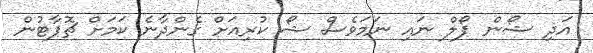
އަދި ޝޯން ޕޯލް ނައި ނަމަވެސް ޝޯ ކުރިއަށް ގެންދާނެ ކަމަށް ޗޮޕާޓުން